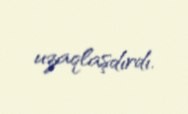
uzaqlaşdırdı.